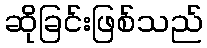
ဆိုခြင်းဖြစ်သည်